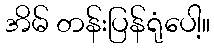
အိမ် တန်းပြန်ရုံပေါ့။